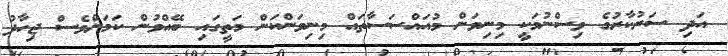
އަދި ސަރުކާރުގެ ވިސްނުމަކީ މިނިވަން މުއައްސަސާތައް މިނިވަންކަން މަތީގައި ބޭއްވުން ކަމަށްވެސް ޖިހާދު